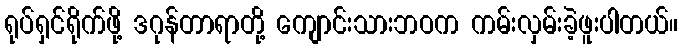
ရုပ်ရှင်ရိုက်ဖို့ ဒဂုန်တာရာတို့ ကျောင်းသားဘဝက ကမ်းလှမ်းခဲ့ဖူးပါတယ်။